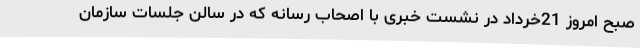
صبح امروز 21خرداد در نشست خبری با اصحاب رسانه که در سالن جلسات سازمان